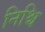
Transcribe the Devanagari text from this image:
निश्चि